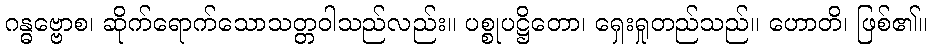
ဂန္ဓဗ္ဗောစ၊ ဆိုက်ရောက်သောသတ္တဝါသည်လည်း။ ပစ္စုပဋ္ဌိတော၊ ရှေးရှုတည်သည်။ ဟောတိ၊ ဖြစ်၏။